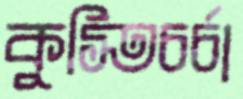
কুস্তিচর্চা